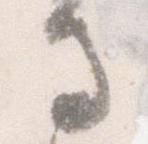
馬